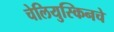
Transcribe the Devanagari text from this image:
चेलियुस्किनचे